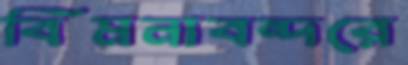
বিমনাবন্দরে